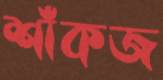
শাঁকজ